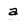
Character: a